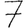
Digit: 7